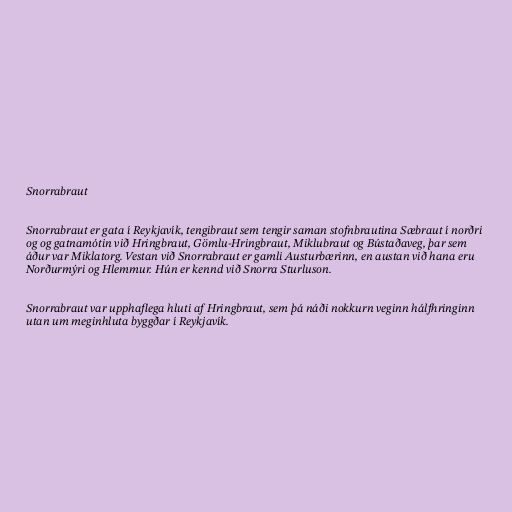
Snorrabraut

Snorrabraut er gata í Reykjavík, tengibraut sem tengir saman stofnbrautina Sæbraut í norðri
og og gatnamótin við Hringbraut, Gömlu-Hringbraut, Miklubraut og Bústaðaveg, þar sem
áður var Miklatorg. Vestan við Snorrabraut er gamli Austurbærinn, en austan við hana eru
Norðurmýri og Hlemmur. Hún er kennd við Snorra Sturluson.

Snorrabraut var upphaflega hluti af Hringbraut, sem þá náði nokkurn veginn hálfhringinn
utan um meginhluta byggðar í Reykjavík.